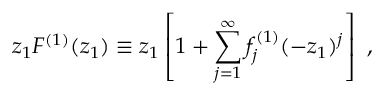
z _ { 1 } { \cal F } ^ { ( 1 ) } ( z _ { 1 } ) \equiv z _ { 1 } \left[ 1 + \sum _ { j = 1 } ^ { \infty } f _ { j } ^ { ( 1 ) } ( - z _ { 1 } ) ^ { j } \right] \ ,